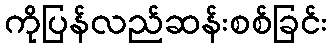
ကိုပြန်လည်ဆန်းစစ်ခြင်း